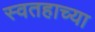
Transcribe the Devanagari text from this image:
स्वतहाच्या